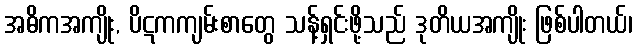
အဓိကအကျိုး, ပိဋကကျမ်းစာတွေ သန့်ရှင်းဖို့သည် ဒုတိယအကျိုး ဖြစ်ပါတယ်၊